King Institute of Preventive Medicine Micro-Biological Section reports 1912-19
Year: 1912
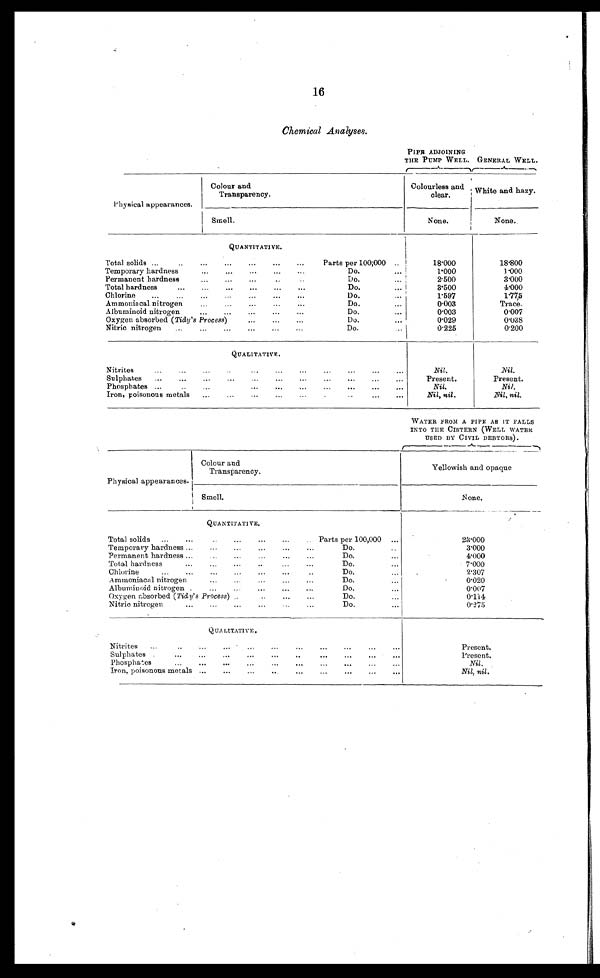
16
Chemical Analyses.
PIPE ADJOINING
THE PUMP WELL. GENERAL WELL.
P hysical appearances.
Colour and
Transparency.
Colourless and
clear.
White and hazy.
Smell.
None.
None.
QUANTITATIVE.
Total solids ...
..
...
...
...
...
...
Parts per 100;000 ..
18.000
18.800
Temporary hardness
...
...
...
...
...
Do.
...
1.000
1.000
Permanent hardness
...
...
...
Do.
...
2.500
3.000
Total hardness
...
...
...
...
...
...
Do.
... I
3.500
4.000
Chlorine
...
...
...
...
...
...
...
Do.
...
1.597
1.775
Ammoniacal nitrogen
...
...
...
...
...
Do.
...
0.003
Trace.
Albuminoid nitrogen
...
...
...
...
...
Do.
. .
0.003
0.007
Oxygen absorbed (Tidy's Process)
...
...
...
Do.
. .
0.029
0 . 0 3 8
Nitric nitrogen
...
...
...
...
...
...
Do.
...
0.225
0.200
QUALITATIVE.
...
..
Nitrites...
...
...
...
...
...
...
...
Nil.
.Nil.
Sulphates
...
...
...
...
...
...
...
...
...
...
Present.
Present.
Phosphates .....
•••
•••
..
...
•••
.••
•••
•••
Nil.
Nil.
Iron, poisonous metals
...
...
...
..
.
...
...
Nil, nil.
Nil, nil.
WATER FROM A PIPE AS IT FALLS
INTO THE CISTERN (WELL WATER
USED BY CIVIL DEBTORS) .
Physical appearances.
Colour and
Transparency.
Yellowish and opaque
Smell.
None.
QUANTITATIVE.
Total solids
...
•••
...
...
...
..
-.
Parts per 100,000 ...
23.000
Temporary hardness ...
...
......
...
...
Do.
..
3.000
..
Permanent hardness ...
...
...
...
Do.
...
4.000
Total hardness
...
...
..
...
...
Do.
...
7.000
...
...
...
..
Chlorine...
Do.
...
2.307
...
...
A mmoniacal nitrogen...
...
Do.
...
0.020
•••
...
Albuminoid nitrogen...
...
Do.
...
0.007
Oxygen absorbed (Tide's Process)) ..
...
Do.
...
0.114
...
...
...
Nitric nitrogen
...
...
Do.
...
0.275
QUALITATIVE,
Nitrites...
....
..
•..
...
.. .
. .
...
.
Present.
Sulphates
...
...
...
.. ...
...
..
...
...
..
. .
Present.
...
Phosphates
.••
...
...
...
...
...
..
Nil.
'Iron, poisonous metals ...
...
..
...
..
Nil, nil.